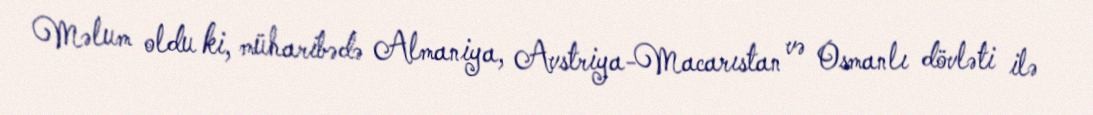
Məlum oldu ki, müharibədə Almaniya, Avstriya-Macarıstan və Osmanlı dövləti ilə